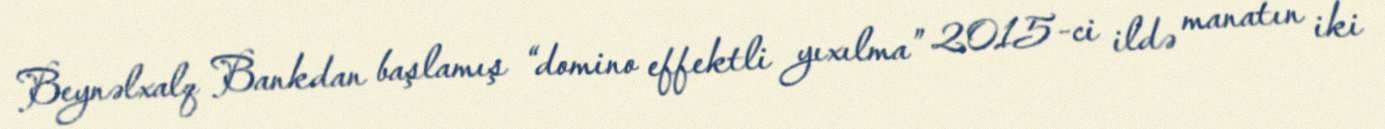
Beynəlxalq Bankdan başlamış “domino effektli yıxılma” 2015-ci ildə manatın iki